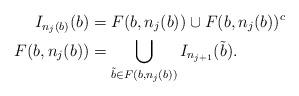
LaTeX: \begin{align*} I_{n_j (b)} (b) &= F(b,n_j (b)) \cup F(b,n_j(b))^c \\ F(b,n_j(b)) &= \bigcup_{\tilde{b} \in F(b, n_j(b))} I_{n_{j+1}} (\tilde{b}). \end{align*}